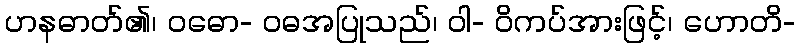
ဟနဓာတ်၏၊ ဝဓော- ဝဓအပြုသည်၊ ဝါ- ဝိကပ်အားဖြင့်၊ ဟောတိ-